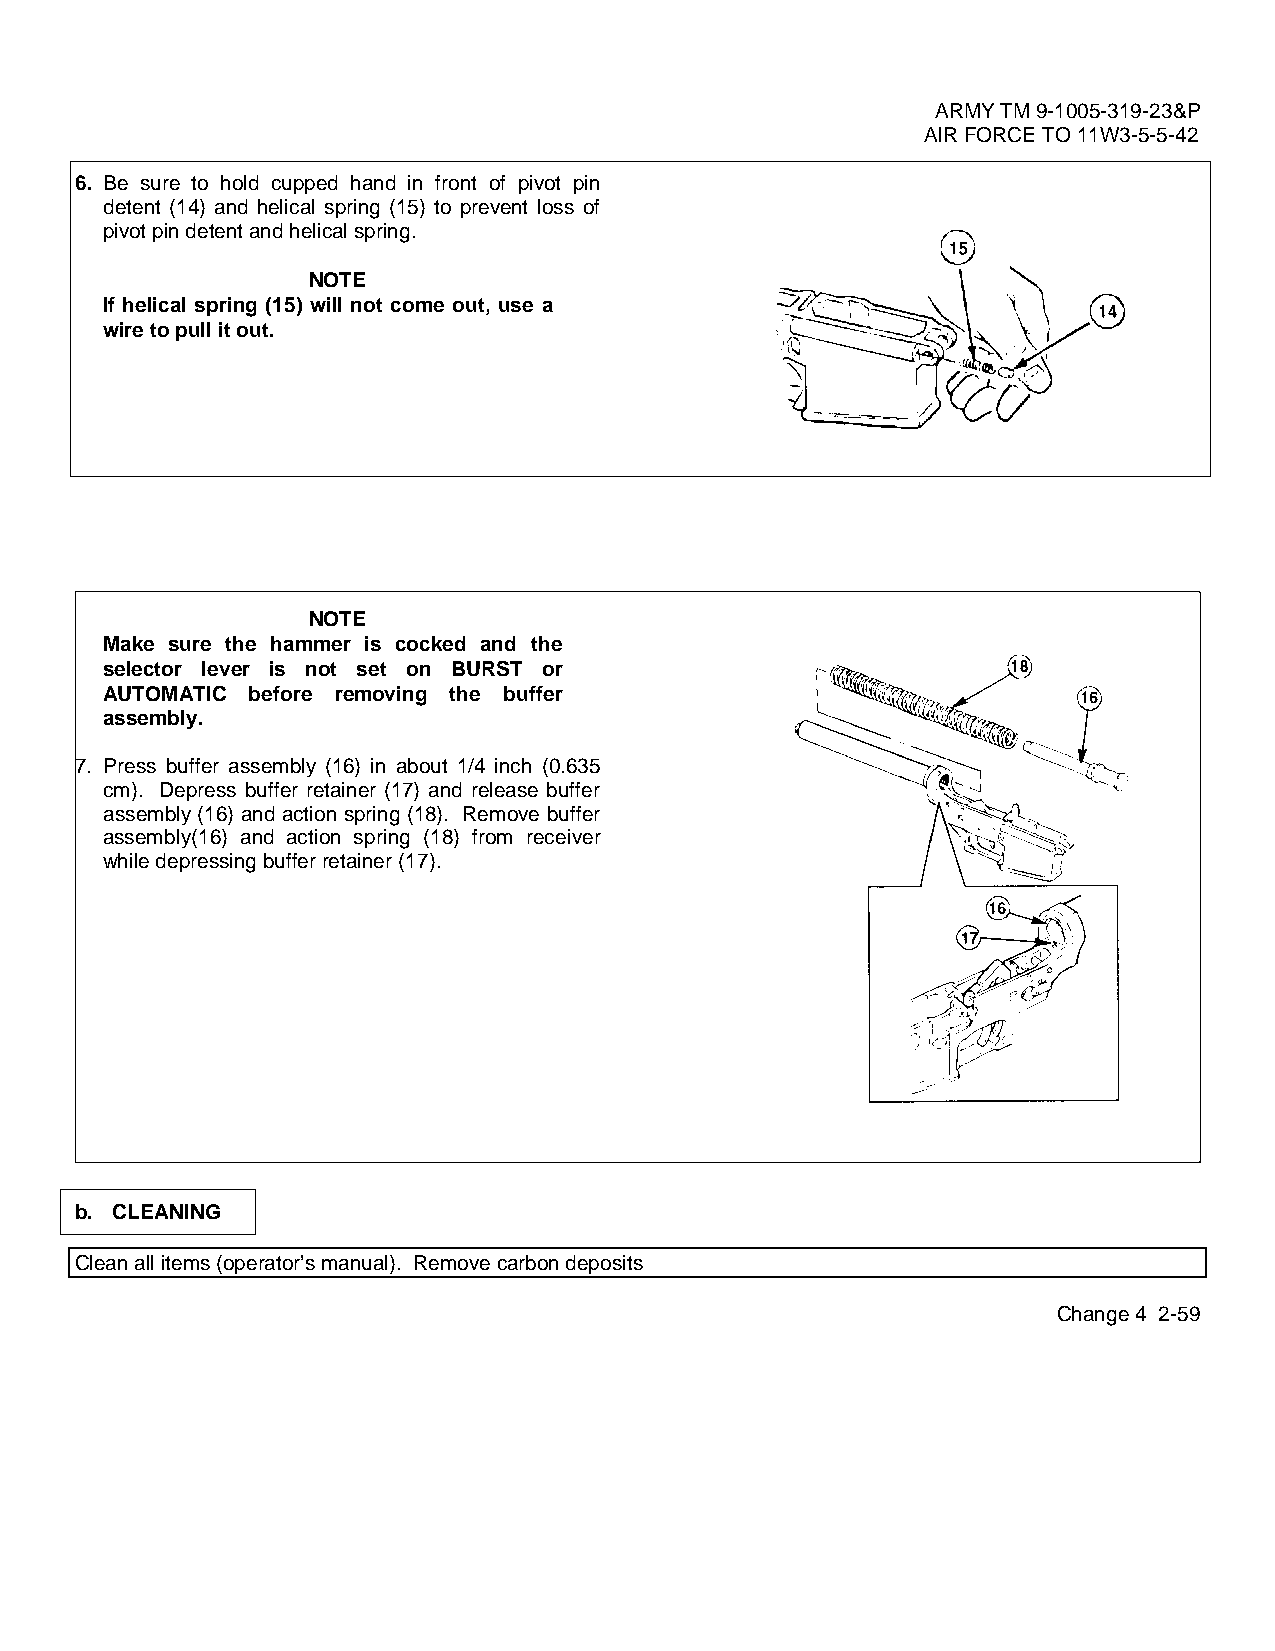
ARMY TM 9-1005-319-23&P
 AIR FORCE TO 11W3-5-5-42
 6. Be sure to hold cupped hand in front of pivot pin
 detent (14) and helical spring (15) to prevent loss of
 pivot pin detent and helical spring.
 NOTE
 If helical spring (15) will not come out, use a
 wire to pull it out.
 NOTE
 Make sure the hammer is cocked and the
 selector lever is not set on BURST or
 AUTOMATIC before removing the buffer
 assembly.
 7. Press buffer assembly (16) in about 1/4 inch (0.635
 cm). Depress buffer retainer (17) and release buffer
 assembly (16) and action spring (18). Remove buffer
 assembly(16) and action spring (18) from receiver
 while depressing buffer retainer (17).
 b. CLEANING
 Clean all items (operator’s manual). Remove carbon deposits
 Change 4 2-59